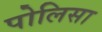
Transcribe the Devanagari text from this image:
पोलिसा